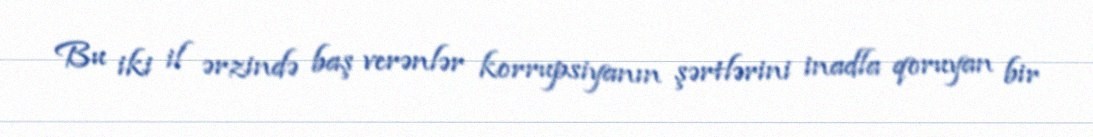
Bu iki il ərzində baş verənlər korrupsiyanın şərtlərini inadla qoruyan bir